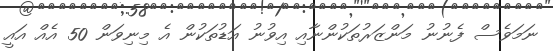
ނަމަވެސް ފެނުނު މަންޒަރުތަކުންނާއި އިވުނު އަޑުތަކުން އެ މިނިވަން 50 އެއް އައީ